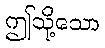
ဤသို့သော